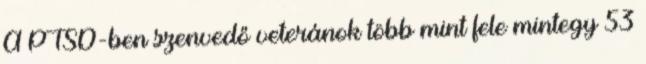
A PTSD-ben szenvedő veteránok több mint fele mintegy 53